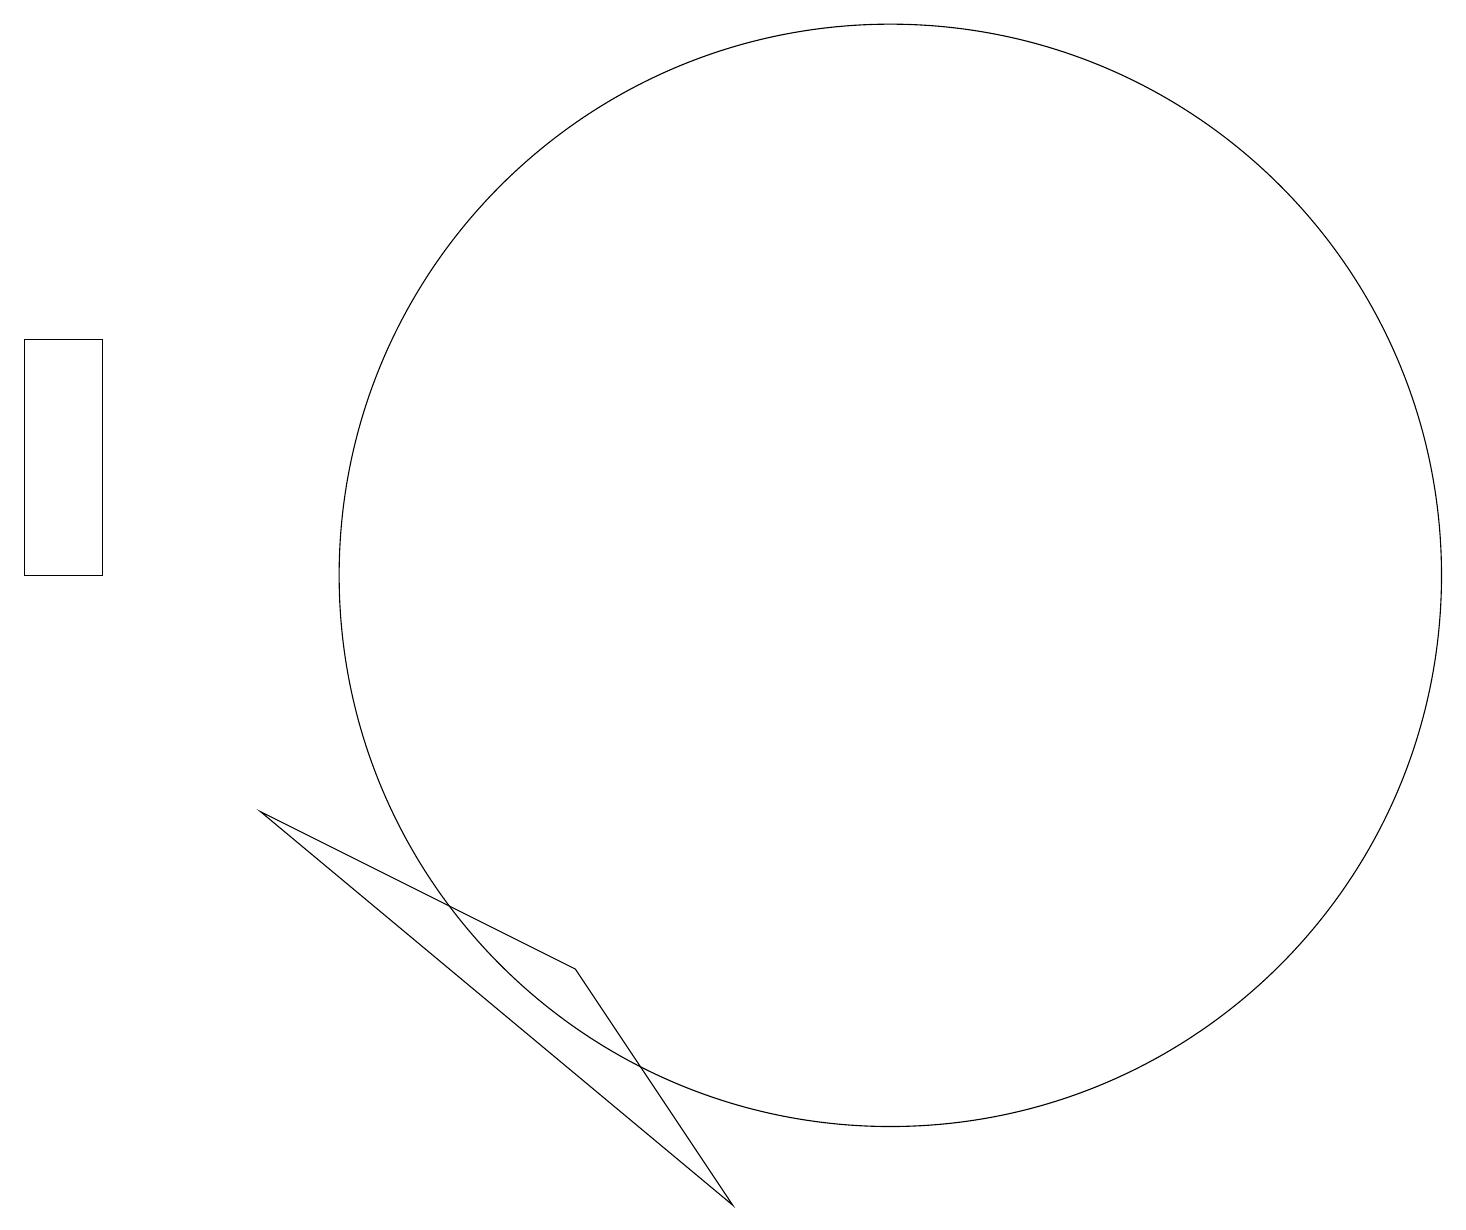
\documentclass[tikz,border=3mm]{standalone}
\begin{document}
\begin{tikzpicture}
\draw (1,15) rectangle (0,12);
\draw (11,12) circle (7);
\draw (9,4) -- (7,7) -- (3,9) -- cycle;
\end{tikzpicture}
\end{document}